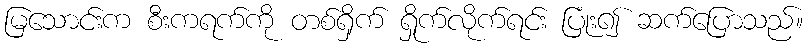
မြသောင်းက စီးကရက်ကို တစ်ရှိက် ရှိုက်လိုက်ရင်း ပြုံး၍ ဆက်ပြောသည်။